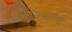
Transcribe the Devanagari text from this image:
अणुचाचणीची